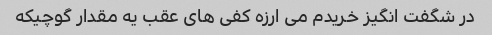
در شگفت انگیز خریدم می ارزه کفی های عقب یه مقدار گوچیکه